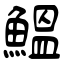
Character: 鰮